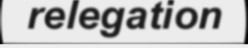
relegation